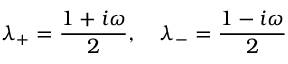
\lambda _ { + } = \frac { 1 + i \omega } { 2 } , \quad \lambda _ { - } = \frac { 1 - i \omega } { 2 }